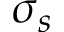
\sigma _ { s }